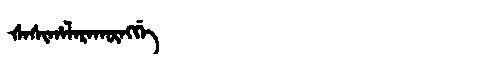
Manchu: ᡧᠠᠰᡳᡥᠠᠯᠠᡵᠠᡴᡡᠩᡤᡝ
Romanization: ŠASIHALARAKŪNGGE